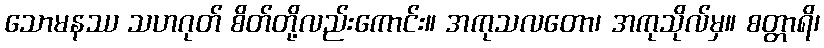
သောမနဿ သဟဂုတ် စိတ်တို့လည်းကောင်း။ အကုသလတော၊ အကုသိုလ်မှ။ စတ္တာရိ၊